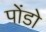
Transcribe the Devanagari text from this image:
पोंडो